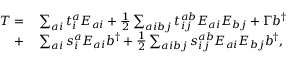
\begin{array} { r l } { T = } & { { } \sum _ { a i } t _ { i } ^ { a } E _ { a i } + \frac { 1 } { 2 } \sum _ { a i b j } t _ { i j } ^ { a b } E _ { a i } E _ { b j } + \Gamma b ^ { \dagger } } \\ { + } & { { } \sum _ { a i } s _ { i } ^ { a } E _ { a i } b ^ { \dagger } + \frac { 1 } { 2 } \sum _ { a i b j } s _ { i j } ^ { a b } E _ { a i } E _ { b j } b ^ { \dagger } , } \end{array}